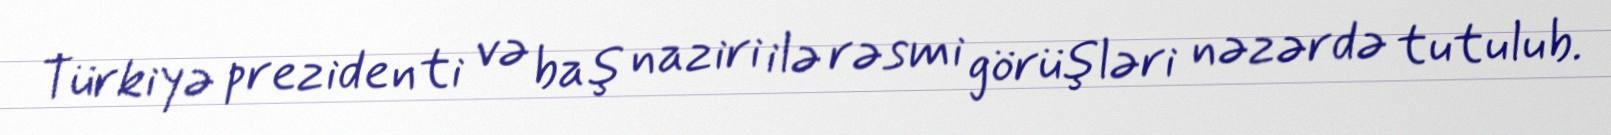
Türkiyə prezidenti və baş naziri ilə rəsmi görüşləri nəzərdə tutulub.